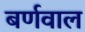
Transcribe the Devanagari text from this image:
बर्णवाल